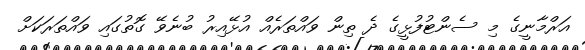
އަރްމާނީގެ މި ސެންޓުފުޅީގެ ދެ ތިން ވައްތަރެއް އުޅޭއިރު ބުނެވޭ ގޮތުގައި ވައްތަރަކަށް